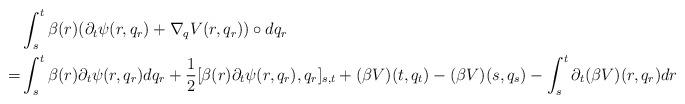
LaTeX: \begin{align*}&\int_{s}^t \beta(r)(\partial_t\psi(r,q_r)+\nabla_qV(r,q_r))\circ dq_r\\=&\int_{s}^t \beta(r)\partial_t\psi(r,q_r) dq_r+\frac{1}{2}[\beta(r)\partial_t\psi(r,q_r),q_r]_{s,t}+(\beta V)(t,q_t)-(\beta V)(s,q_s)-\int_s^t \partial_t(\beta V)(r,q_r)dr\end{align*}